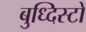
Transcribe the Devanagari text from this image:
बुध्दिस्टो